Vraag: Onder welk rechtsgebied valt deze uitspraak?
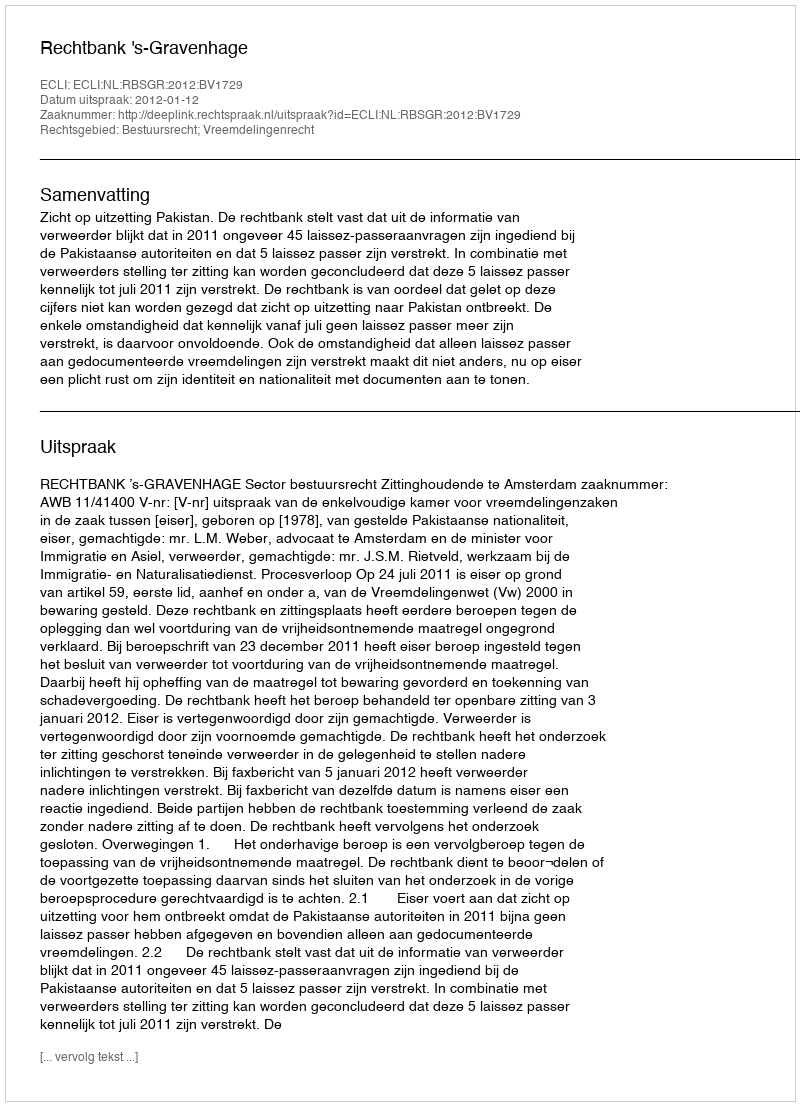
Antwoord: Bestuursrecht; Vreemdelingenrecht